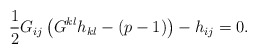
\begin{align*}\frac{1}{2}G_{ij}\left(G^{kl}h_{kl}-(p-1)\right)-h_{ij}=0.\end{align*}